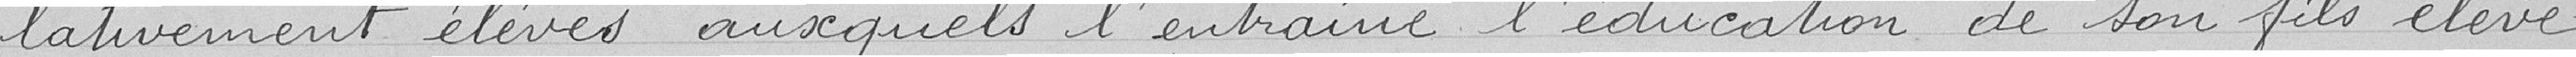
lativement élevés auxquels l'entraine l'éducation de son fils élève ,